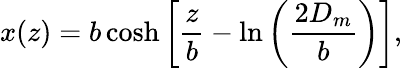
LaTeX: x(z)=b\cosh\left[\frac{z}{b}-\ln\left(\frac{2D_{m}}{b}\right)\right],